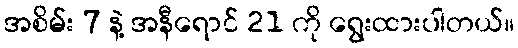
အစိမ်း 7 နဲ့ အနီရောင် 21 ကို ရွေးထားပါတယ်။